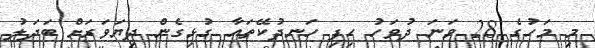
މި މަހުގެ 28 ވަނަ ދުވަހު ހިފި ހަނދުކޭތައާ ގުޅިގެން ދިޔަވަރަށް ބަދަލު